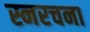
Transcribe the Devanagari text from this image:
स्नरचना